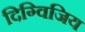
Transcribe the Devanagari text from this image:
दिग्विजिय